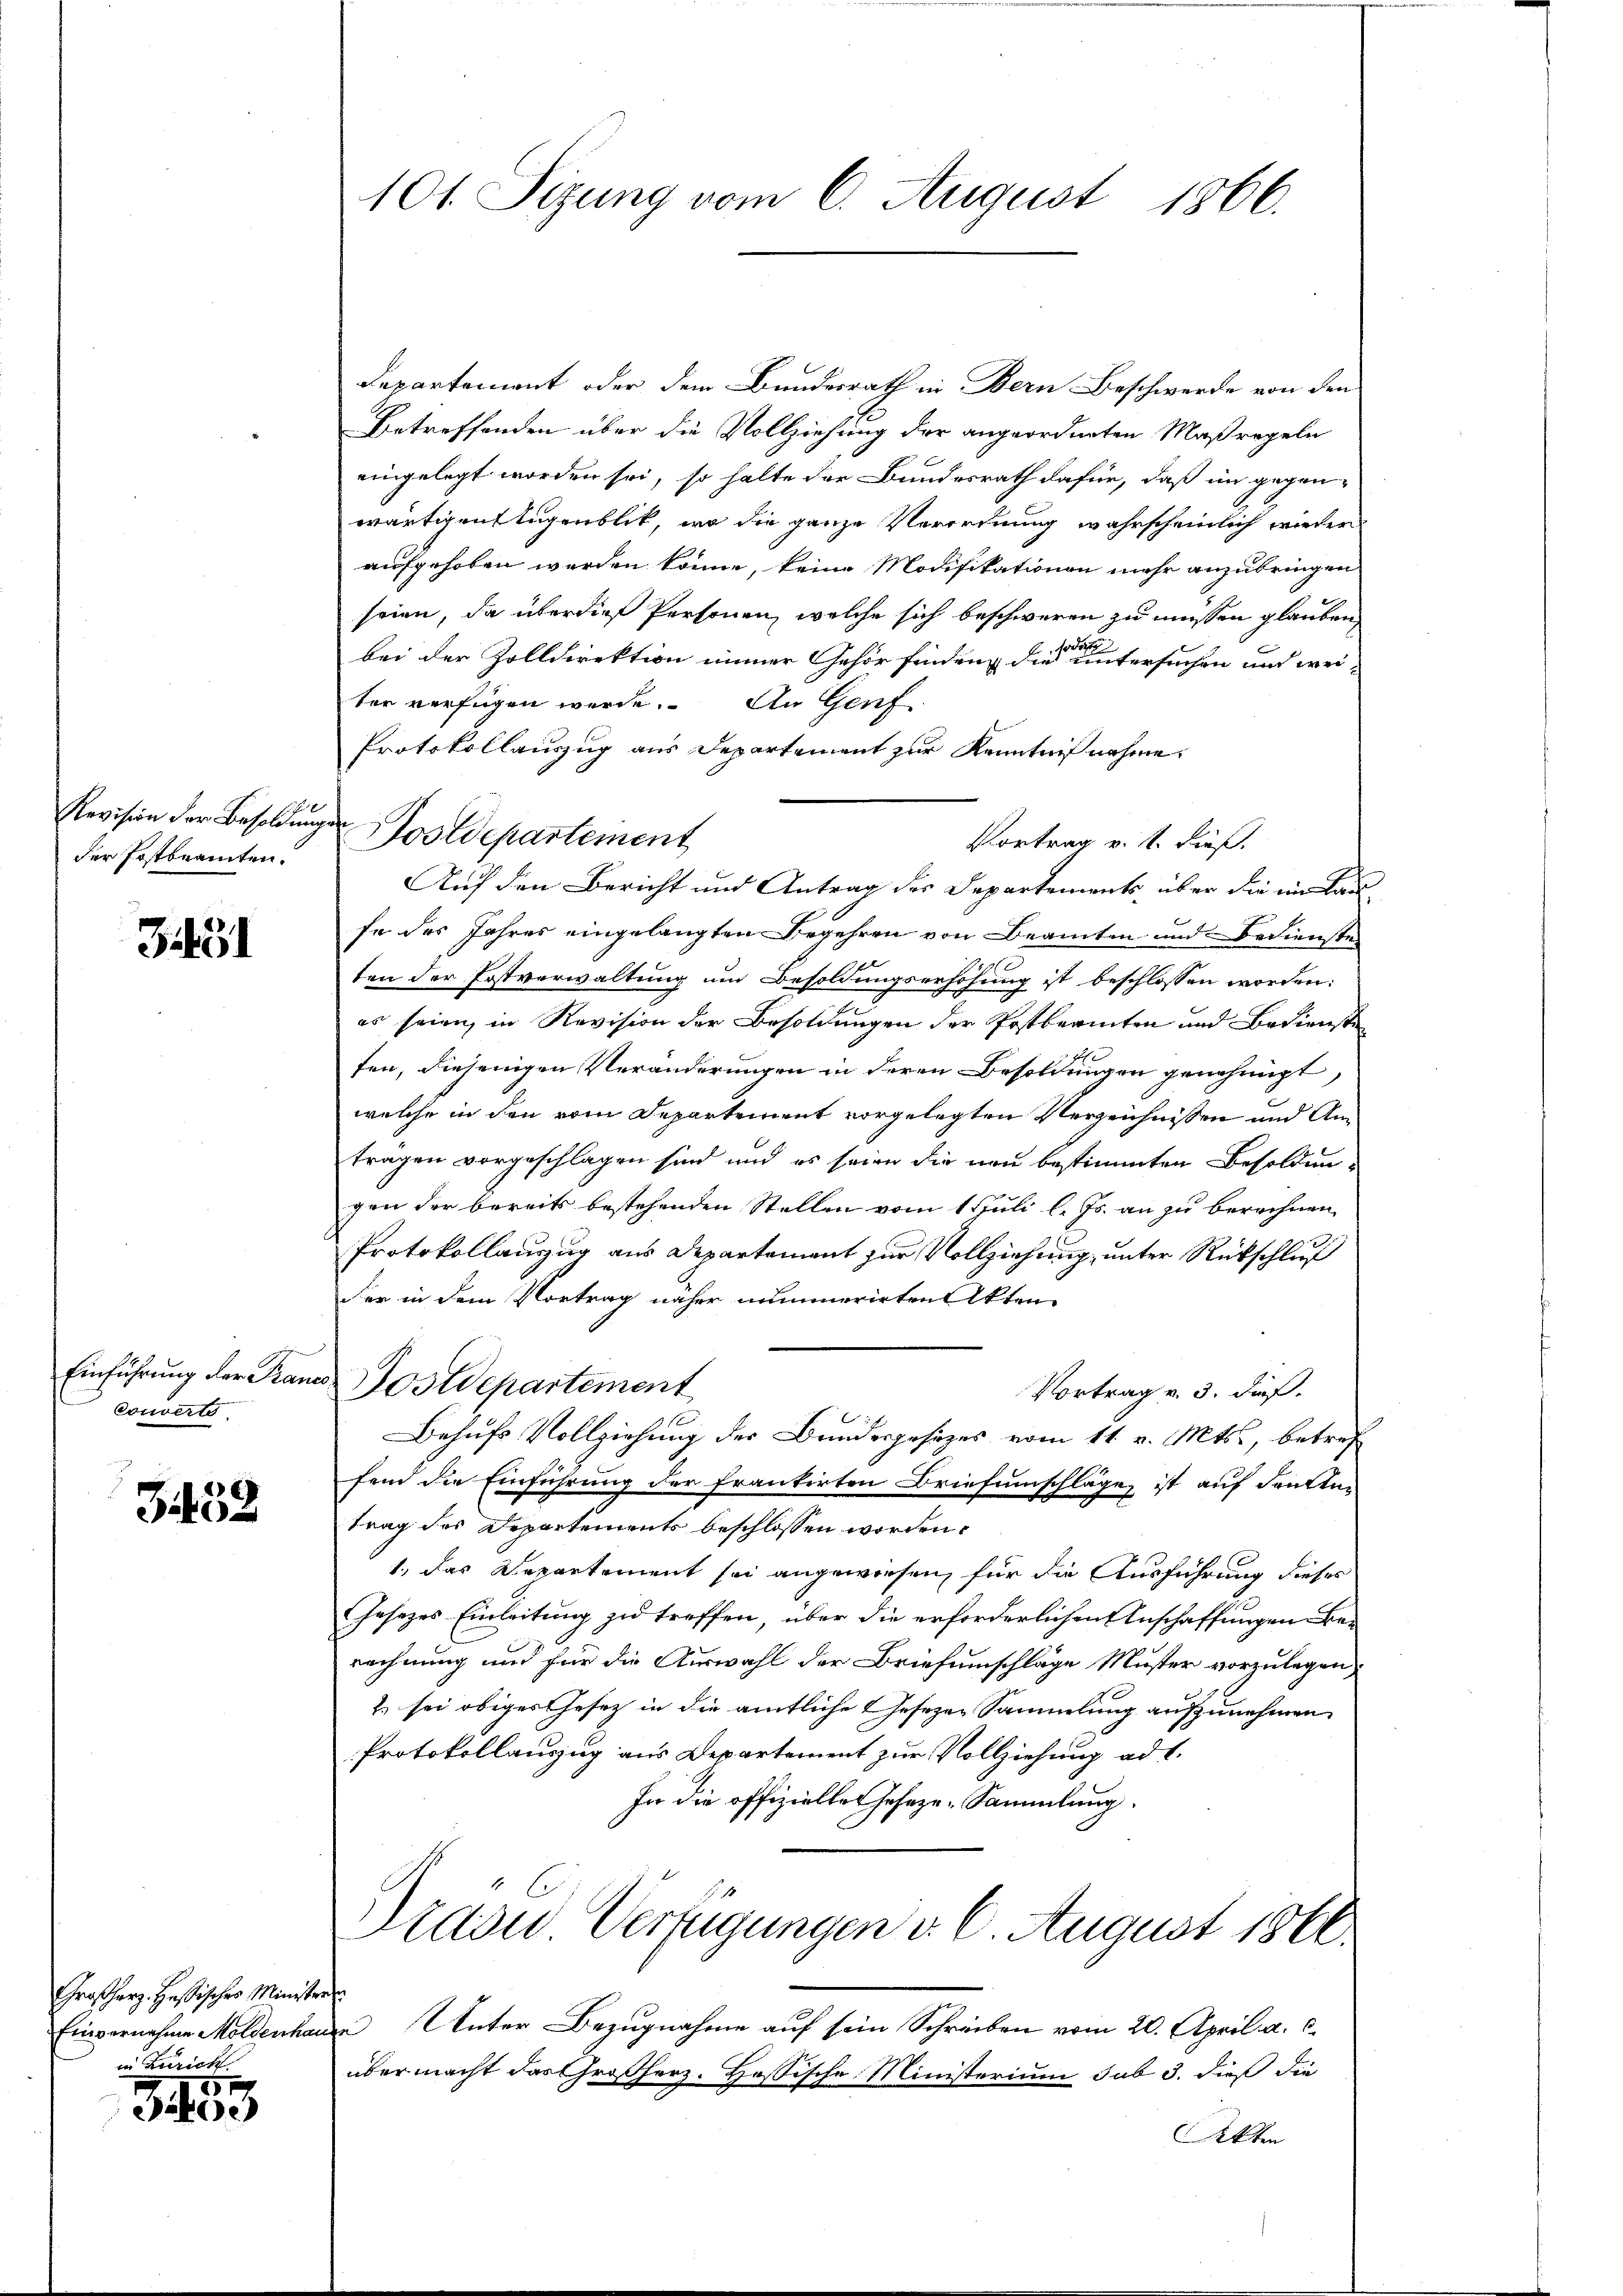
der Postbeamten.

3431

Einführung der Fran¬
Couvert

3452

Großherz. Hessisches Minister.
Einvernahme Moldenhau
in Zürich.

55
e

101. Sizung vom 6. August 1866.

Departement oder dem Bundesrath in Bern Beschwerde von den
Betreffenden über die Vollziehung der angeordneten Maßregeln
eingelegt worden sei, so halte der Bundesrath dafür, daß im gegen-
wärtigen Augenblik, wo die ganze Verordnung wahrscheinlich wieder
aufgehoben werden könne, keine Modifikationen mehr anzubringen
seien, da über die Personen, welche sich beschweren zu müssen glauben
bei der Zolldirektion immer Gehör findenz die untersuchen und weiter verfügen werde. An Genf
Protokollauszug aus Departement zur Kenntnißnahme,
Vortrag v. 1. dieß.
Auf den Bericht und Antrag des Departements, über die im Laufe des Jahres eingelangten Begehren von Beamten und Bediensten
x
ten der Erstverwaltung um Besoldungserhöhung ist beschlossen worden:
es seien, in Revision der Besoldungen der Postbeamten und Bedienst
ten, diejenigen Veränderungen in deren Besoldungen genehmigt,
welche in den vom Departement vorgelegten Verzeichnissen und Anträgen vorgeschlagen sind und es seien die neu bestimmten Besoldun-
gen der bereits bestehenden Stellen vom 1. Juli l. Js. an zu berechnen
Protokollauszug aus Departement zur Vollziehung, unter Rückschluß
der in dem Vortrag näher nummerirten Akten
ostdepartement
Vortrag v. 3. dieß.
Behufs Vollziehung des Bundesgesezes vom 11. v. Mts., betreffend die Einführung der frantirten Briefumschläge, ist auf denkten
trag des Departements beschlossen worden.
1., das Repartement sei angewiesen, für die Ausführung dieses
Jesezes Einleitung zu treffen, über die erforderlichen Anschaffungen berechnung und für die Auswahl der Briefumschläge Muster vorzulegen,
2) sei obiges Gesetz in die amtliche Gesezen Sammlung aufzunehmen
Protokollauszug aus Departement zur Vollziehung ad 1.
In die offizielle Gesezes-Sammlung.

Revision der Besoldungen Postdepartement

Drain Verfügungen d. 6. August 1890.

¬
de Unter Bezugnahme auf sein Schreiben vom 20. April a. c.
übermacht das Großherz. Hessische Ministerium sub 3. dieß die
Akten